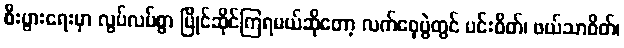
စီးပွားရေးမှာ လွပ်လပ်စွာ ပြိုင်ဆိုင်ကြရမယ်ဆိုတော့ လက်ဝှေ့ပွဲတွင် ပင်းဝိတ်၊ ဖယ်သာဝိတ်၊